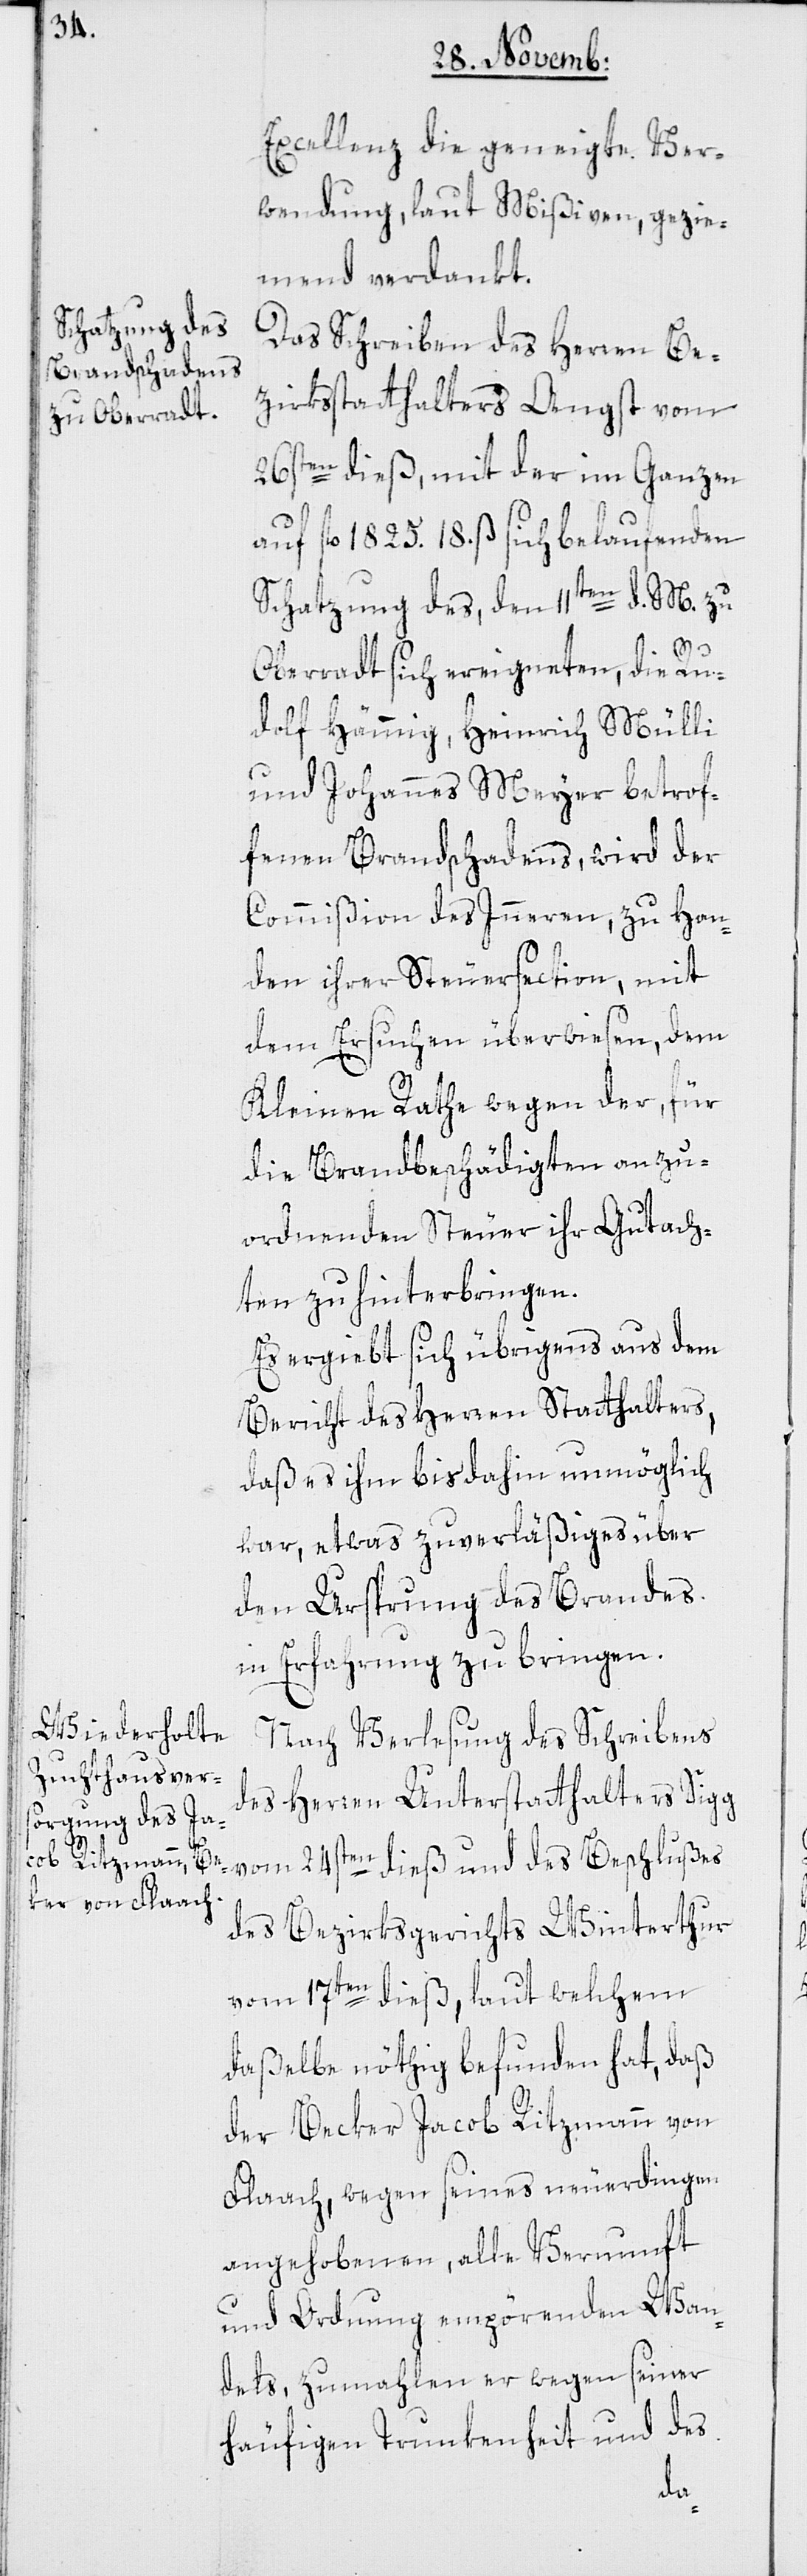
Excellenz die geneigte Ver¬
wendung, laut Mißiven, gezie¬
mend verdankt.
Das Schreiben des Herren Be¬
zirksstatthalters Angst vom
26sten dieß, mit der im Ganzen
auf fl. 1825. 18. ß sich belaufenden
Schatzung des, den 11ten d. M. zu
Oberradt sich ereigneten, die Ru¬
dolf Hämmig, Heinrich Mülli
und Johannes Meyer betrof¬
fenen Brandschadens, wird der
Commißion des Inneren, zu Han¬
den ihrer Steuersection, mit
dem Ersuchen überwiesen, dem
Kleinen Rathe wegen der für
die Brandbeschädigten anzu¬
ordnenden Steuer ihr Gutach¬
ten zu hinterbringen.
Es ergiebt sich übrigens aus dem
Bericht des Herren Statthalters,
daß es ihm bis dahin unmöglich
war, etwas Zuverläßiges über
den Ursprung des Brandes
in Erfahrung zu bringen.
Nach Verlesung des Schreibens
des Herren Unterstatthalters Sigg
vom 24sten dieß und des Beschlußes
des Bezirksgerichts Winterthur
vom 17ten dieß, laut welchem
daßelbe nöthig befunden hat, daß
der Becker Jacob Ritzmann von
Flaach, wegen seines neuerdingen
angehobenen, alle Vernunft
und Ordnung empörenden Wan¬
dels, zumahlen er wegen seiner
häufigen Trunkenheit und des